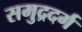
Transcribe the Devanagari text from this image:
समुद्रदर्ग